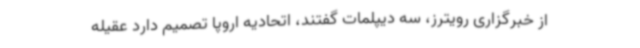
از خبرگزاری رویترز، سه دیپلمات گفتند، اتحادیه اروپا تصمیم دارد عقیله